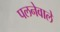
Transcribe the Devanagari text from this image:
पलनेवाले